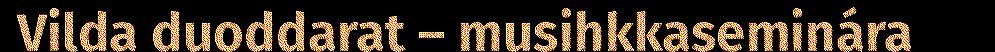
Vilda duoddarat – musihkkaseminára